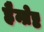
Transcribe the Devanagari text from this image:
हैम्ब्रेष्ट